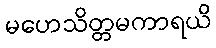
မဟေသိတ္တမကာရယိ